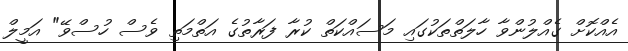
އެއްކޮށް ގެއްލުންވާ ހާލަތްތަކުގައި މަސައްކަތް ކުރާ ފަރާތުގެ އަތްމަތި ވެސް ހުސްވޭ" އަމީލް